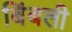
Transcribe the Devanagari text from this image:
बिंबली